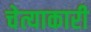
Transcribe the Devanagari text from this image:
चेत्याकारी